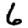
Digit: 6